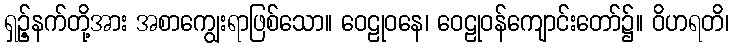
ရှဉ့်နက်တို့အား အစာကျွေးရာဖြစ်သော။ ဝေဠုဝနေ၊ ဝေဠုဝန်ကျောင်းတော်၌။ ဝိဟရတိ၊